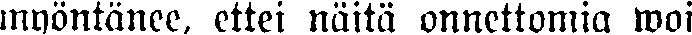
myöntänee, ettei näitä onnettomia woi